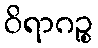
ဝိရာဂဉ္စ